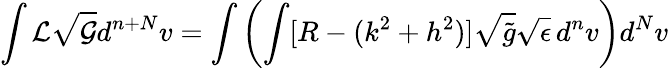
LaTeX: \int{\cal L}\sqrt{\cal G}d^{n+N}v=\int\left(\int[R-(k^{2}+h^{2})]\sqrt{\tilde{g}}\sqrt{\epsilon}\, d^{n}v\right)d^{N}v